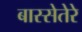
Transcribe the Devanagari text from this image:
बास्सेतेरे